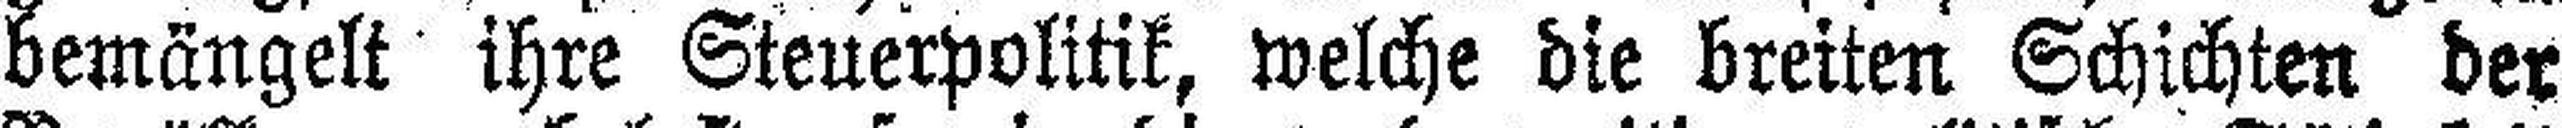
bemängelt ihre Steuerpolitik, welche die breiten Schichten der